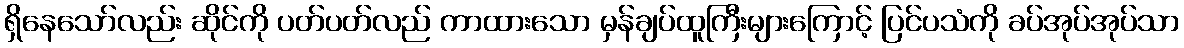
ရှိနေသော်လည်း ဆိုင်ကို ပတ်ပတ်လည် ကာထားသော မှန်ချပ်ထူကြီးများကြောင့် ပြင်ပသံကို ခပ်အုပ်အုပ်သာ